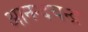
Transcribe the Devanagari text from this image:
आनन्दचन्द्र